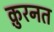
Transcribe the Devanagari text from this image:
क़ुरनत